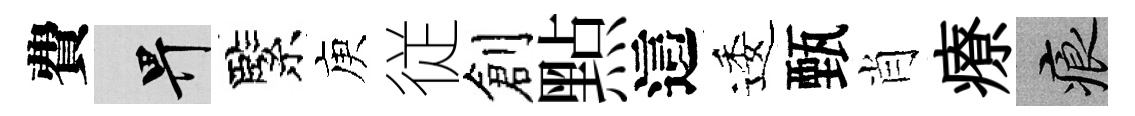
費畀緊庾従創㸃這逶甄肖療痕